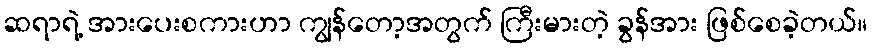
ဆရာရဲ့ အားပေးစကားဟာ ကျွန်တော့အတွက် ကြီးမားတဲ့ ခွန်အား ဖြစ်စေခဲ့တယ်။